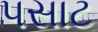
પસાટ